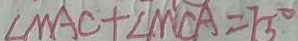
\angle M A C + \angle M C A = 7 5 ^ { \circ }